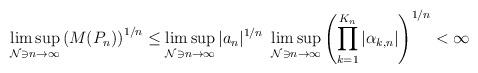
LaTeX: \begin{align*}\limsup_{{\mathcal N}\ni n\to\infty} \left(M(P_n)\right)^{1/n} &\le \limsup_{{\mathcal N}\ni n\to\infty} |a_n|^{1/n}\ \limsup_{{\mathcal N}\ni n\to\infty} \left(\prod_{k=1}^{K_n} |\alpha_{k,n}| \right)^{1/n} < \infty\end{align*}